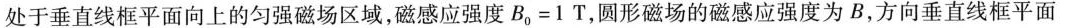
处于垂直线框平面向上的匀强磁场区域，磁感应强度$$B_{0} = 1 T$$，圆形磁场的磁感应强度为B，方向垂直线框平面